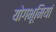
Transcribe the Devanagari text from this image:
योगभूमियां